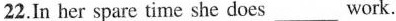
22.In her spare time she does___work.